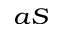
_ { a S }